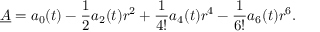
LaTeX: \underline { { { A } } } = a _ { 0 } ( t ) - \frac 1 2 a _ { 2 } ( t ) r ^ { 2 } + \frac { 1 } { 4 ! } a _ { 4 } ( t ) r ^ { 4 } - \frac { 1 } { 6 ! } a _ { 6 } ( t ) r ^ { 6 } .